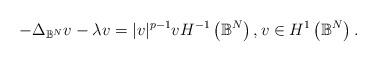
LaTeX: \begin{align*}-\Delta_{\mathbb{B}^{N}} v-\lambda v = |v|^{p-1} v H^{-1}\left(\mathbb{B}^{N}\right), v \in H^{1}\left(\mathbb{B}^{N}\right). \end{align*}